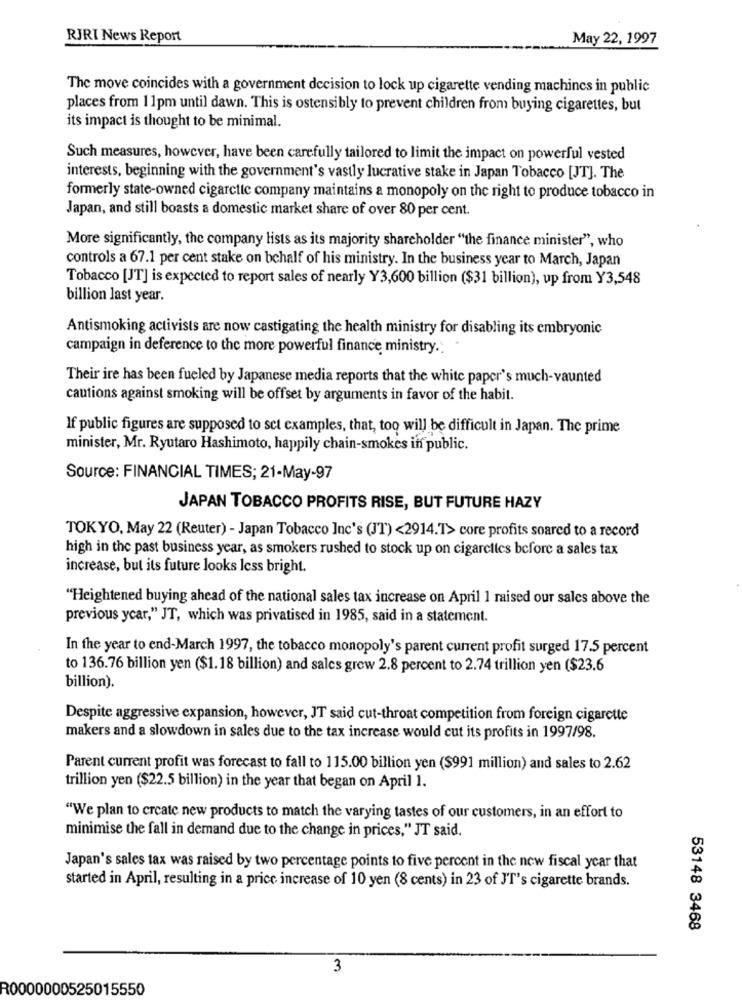
RIRI News Report
May 22, 1997
The move coincides with a government decision to lock up cigarette vending machines in public
places from 11pm until dawn. This is ostensibly to prevent children from buying cigarettes, but
its impact is thought to be minimal.
Such measures, however, have been carefully tailored to limit the impact on powerful vested
interests, beginning with the government's vastly lucrative stake in Japan Tobacco [JT]. The
formerly state-owned cigarette company maintains a monopoly on the right to produce tobacco in
Japan, and still boasts a domestic market share of over 80 per cent.
More significantly, the company lists as its majority shareholder "the finance minister", who
controls a 67.1 per cent stake on behalf of his ministry. In the business year to March, Japan
Tobacco [JT] is expected to report sales of nearly Y3,600 billion ($31 billion), up from Y3,548
billion last year.
Antismoking activists are now castigating the health ministry for disabling its embryonic
campaign in deference to the more powerful finance ministry.
Their ire has been fueled by Japanese media reports that the white paper's much-vaunted
cautions against smoking will be offset by arguments in favor of the habit.
If public figures are supposed to set examples, that, too will be difficult in Japan. The prime
minister, Mr. Ryutaro Hashimoto, happily chain-smokes in public.
Source: FINANCIAL TIMES; 21-May-97
JAPAN TOBACCO PROFITS RISE, BUT FUTURE HAZY
TOKYO, May 22 (Reuter) - Japan Tobacco Inc's (JT) <2914.T> core profits soared to a record
high in the past business year, as smokers rushed to stock up on cigarettes before a sales tax
increase, but its future looks less bright.
"Heightened buying ahead of the national sales tax increase on April 1 raised our sales above the
previous year," JT, which was privatised in 1985, said in a statement.
In the year to end-March 1997, the tobacco monopoly's parent current profit surged 17.5 percent
to 136.76 billion yen ($1.18 billion) and sales grew 2.8 percent to 2.74 trillion yen ($23.6
billion).
Despite aggressive expansion, however, JT said cut-throat competition from foreign cigarette
makers and a slowdown in sales due to the tax increase would cut its profits in 1997/98.
Parent current profit was forecast to fall to 115.00 billion yen ($991 million) and sales to 2.62
trillion yen ($22.5 billion) in the year that began on April 1.
"We plan to create new products to match the varying tastes of our customers, in an effort to
minimise the fall in demand due to the change in prices," JT said.
Japan's sales tax was raised by two percentage points to five percent in the new fiscal year that
started in April, resulting in a price increase of 10 yen (8 cents) in 23 of J'T's cigarette brands.
53148 3468
3
R0000000525015550